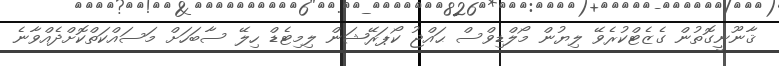
ޤާނޫނީގޮތުން ގެޒެޓްކުރެވޭ ލިޔުން މޯލްޑިވްސް ޙައްޖު ކޯޕަރޭޝަން ލިމިޓެޑް ހިލޭ ސާބަހަށް މަސައްކަތްކޮށްދެއްވާނެ